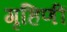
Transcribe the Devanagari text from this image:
गृहिणीं